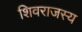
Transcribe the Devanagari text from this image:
शिवराजस्य